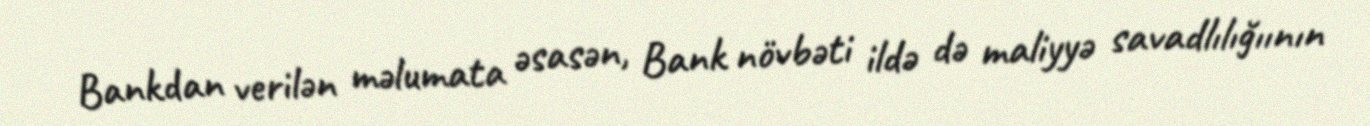
Bankdan verilən məlumata əsasən, Bank növbəti ildə də maliyyə savadlılığıının